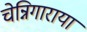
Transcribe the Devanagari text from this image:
चेन्निगाराया